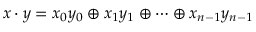
x \cdot y = x _ { 0 } y _ { 0 } \oplus x _ { 1 } y _ { 1 } \oplus \cdots \oplus x _ { n - 1 } y _ { n - 1 }